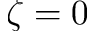
\zeta = 0